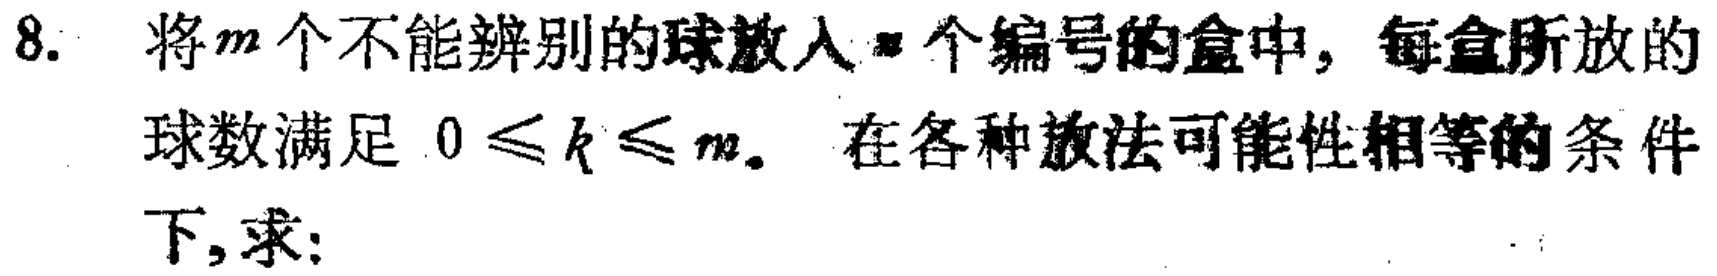
8. 将\(m\)个不能辨别的球放入\(n\)个编号的盒中，每盒所放的球数满足 \(0\leqslant k\leqslant m\)。在各种放法可能性相等的条件下,求：